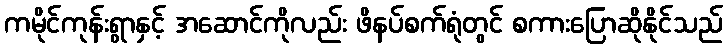
ကမိုင်ကုန်းရွာနှင့် အဆောင်ကိုလည်း ဖိနပ်စက်ရုံတွင် စကားပြောဆိုနိုင်သည်